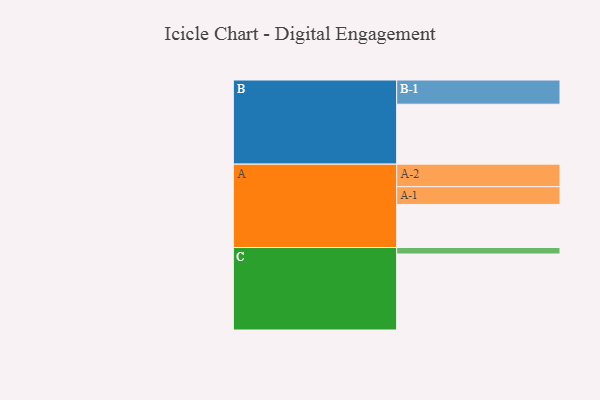
{"axis": {"x": "Segment", "y": "Value"}, "legend": ["", "A", "B", "C"], "data": [{"x": "A", "y": 333, "type": ""}, {"x": "B", "y": 463, "type": ""}, {"x": "C", "y": 587, "type": ""}, {"x": "A-1", "y": 137, "type": "A"}, {"x": "A-2", "y": 174, "type": "A"}, {"x": "B-1", "y": 187, "type": "B"}, {"x": "C-1", "y": 50, "type": "C"}]}